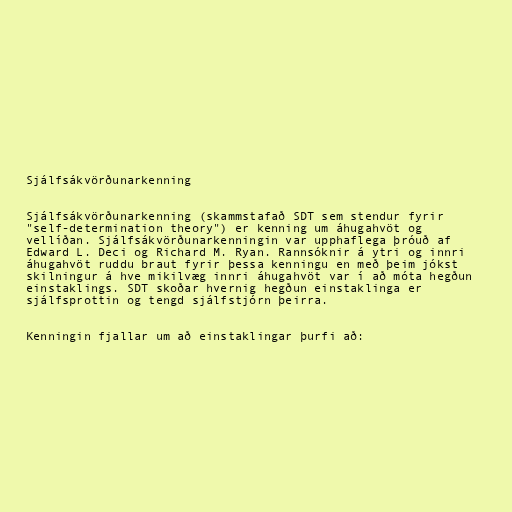
Sjálfsákvörðunarkenning

Sjálfsákvörðunarkenning (skammstafað SDT sem stendur fyrir
"self-determination theory") er kenning um áhugahvöt og
vellíðan. Sjálfsákvörðunarkenningin var upphaflega þróuð af
Edward L. Deci og Richard M. Ryan. Rannsóknir á ytri og innri
áhugahvöt ruddu braut fyrir þessa kenningu en með þeim jókst
skilningur á hve mikilvæg innri áhugahvöt var í að móta hegðun
einstaklings. SDT skoðar hvernig hegðun einstaklinga er
sjálfsprottin og tengd sjálfstjórn þeirra.

Kenningin fjallar um að einstaklingar þurfi að: